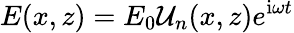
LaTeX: E(x,z)=E_{0}\mathcal{U}_{n}(x,z)e^{\mathrm{i}\omega t}